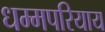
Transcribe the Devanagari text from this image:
धम्मपरियाय